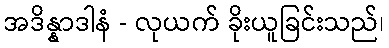
အဒိန္နာဒါနံ - လုယက် ခိုးယူခြင်းသည်၊